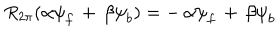
R _ { 2 \pi } ( { \alpha } { \psi } _ { f } \, + \, { \beta } { \psi } _ { b } ) = - \, { \alpha } { \psi } _ { f } \, + \, { \beta } { \psi } _ { b }